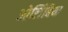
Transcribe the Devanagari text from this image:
ओलिंबिया